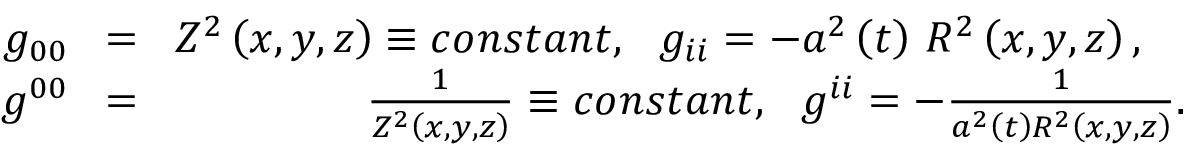
\begin{array} { r l r } { g _ { 0 0 } } & { \! = \! } & { Z ^ { 2 } \left( x , y , z \right) \equiv c o n s t a n t , ~ ~ g _ { i i } = - a ^ { 2 } \left( t \right) \, R ^ { 2 } \left( x , y , z \right) , ~ ~ ~ } \\ { g ^ { 0 0 } } & { \! = \! } & { \frac { 1 } { Z ^ { 2 } \left( x , y , z \right) } \equiv c o n s t a n t , ~ ~ g ^ { i i } = - \frac { 1 } { a ^ { 2 } \left( t \right) R ^ { 2 } \left( x , y , z \right) } . } \end{array}